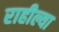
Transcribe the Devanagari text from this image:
राहील्या